Vital statistics of India. Vol. IV, Annual returns from 1871 to 1876. British Army of India, Native Army and jails of Bengal
Year: 1871
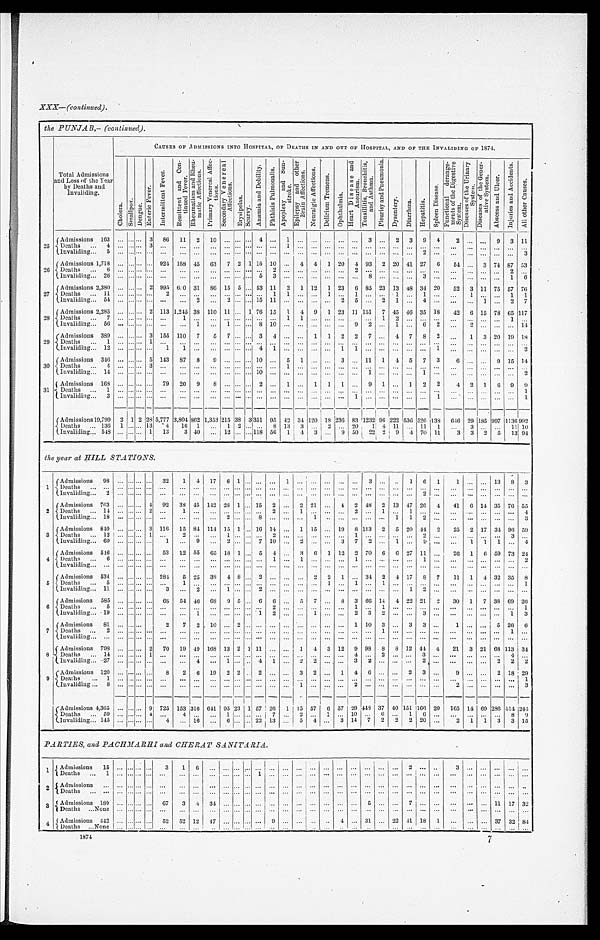
XXX—(continued).
the PUNJAB,—(continued).
Total Admissions
and Loss of the Year
by Deaths and
Invaliding.
CAUSES OF ADMISSIONS INTO HOSPITAL, OF DEATHS IN AND OUT OF HOSPITAL, AND OF THE INVALIDING OF 1874.
C h o l e r a .
S ma l l p o x .
Dengue.
E n t e r i c F e v e r .
I n t e r m i t t e n t F e v e r .
R e m i t t e n t a n d C o n - t i n u e d F e v e r .
R h e u m a t i s m a n d R h e u m a t i c A f f e c t i o n s .
P r i m a r y V e n e r e a l A f f e c t i o n s .
S e c o n d a r y V e n e r e a l A f f e c t i o n s .
E r y s i p e l a s .
S c u r v y .
A n æ m i a a n d D e b i l i t y . P h t h i s i s P u l m o n a l i s .
A p o p l e x y a n d S u n - s t r o k e .
E p i l e p s y a n d o t h e r B r a i n A f f e c t i o n s .
N e u r a l g i c A f f e c t i o n s .
D e l i r i u m T r e m e n s .
O p h t h a l m i a .
H e a r t D i s e a s e a n d A n e u r i s m .
T o n s i l l i t i s , B r o n c h i t i s , a n d A s t h m a .
P l e u r i s y a n d P n e u m o n i a .
D y s e n t e r y .
D i a r r h œ a .
H e p a t i t i s .
S p l e e n D i s e a s e .
F u n c t i o n a l d e r a n g e - m e n t s o f t h e D i g e s t i v e S y s t e m .
D i s e a s e s o f t h e U r i n a r y S y s t e m .
D i s e a s e s o f t h e G e n e r - a t i v e S y s t e m .
A b s c e s s a n d U l c e r .
I n j u r i e s a n d A c c i d e n t s .
A l l o t h e r C a u s e s .
25
Admissions . . . 163 . . .
. . . . . . 3
86
11
2
10 . . . . . .
. . . 4 . . .
1
. . .
. . .
. . .
. . .
. . . 3 . . .
2
3
9
4
2
. . .
. . .
9
3 11
Deaths . . .
4 . . . . . .. . . 3
. . .
. . .
. . .
. . . . . . . . .
. . .
. . . . . .
1
. . .
. . .
. . .
. . .
. . .
. . . . . .
. . .
. . .
. . .
. . .
. . .
. . .
. . .
. . .
. . .
. . .
Invaliding . . .
5 . . . . . .. . . . . .
. . .
. . .
. . .
. . .. . . . . .
. . .
. . .. . .
. . .
. . .
. . .
. . .
. . .
. . .
. . .. . .
. . .
. . .
2
. . .
. . .
. . .
. . .
. . .
. . .
3
26
Admissions . . . 1,718 . . . . . . . . . . . . 924 158 45
6 3
7
2 1
1 5 10
. . . 4
4
1 20
4 93
2
20 41 27
6
54
. . . 3 74 87 53
D e a t h s . . .
6 . . . . . .. . . . . .
. . .
. . .
. . .
. . .. . . . . .
. . .
. . .2
. . .
. . .
. . .
. . .
. . .
2
. . .. . .
. . .
. . .
. . .
. . .
. . .
. . .
. . .
. . . 2
. . .
I n v a l i d i n g . . .
2 6
. . . . . .. . . . . .
. . .
. . .
. . .
. . .. . . . . .
. . .
5 3
. . .
. . .
. . .
. . .
. . .
. . .
8 . . .
. . .
. . .
3
. . .
. . .
. . .
. . .
. . .
1
6
2 7
Admissions . . . 2,380 . . . . . .. . . 2 995 640 31
86
15 5
. . . 53 11
2
1 12
1 23
6
8 5
23
13 48
3 4 20
52
3 11 75 57 76
D e a t h s . . .
1 1
. . . . . .. . . . . .
2
. . .
. . .
. . .. . . . . .
. . .
. . .1
1
. . .
. . .
1
. . .
1
. . .. . .
1
. . .
1
. . .
. . .
1
. . .
. . .
1
1
Invaliding . . .
54 . . . . . .. . . . . .
. . .
. . . 2
. . .
2 . . .
. . . 15 11
. . .
. . .
. . .
. . . 2
5
. . . 2
1
. . . 4
. . .
. . .
. . . 1
. . . 2
7
28
Admissions . . . 2,285 . . . . . . . . . 2 113 1,245 38 110 11 . . . 1 76 15
1
4
9 1 23 11 151
7 45 46 35 18
42
6 15 78 65 117
Deaths . . .
7 . . . . . .. . . . . .
. . .
1
. .
. . . . . . . . .
. . .
. . . . . .
1
1
. . .
. . .
. . .
. . .
. . .1
2
. . .
. . .
. . .
. . .
. . .
. . .
. . .
1
. . .
I n v a l i d i n g . . .
5 6
. . . . . .. . . . . .
. . .
. . .
1
. . .1
. . .
. . .
8 10
. . .
. . .
. . .
. . .
. . .
9
2 . . .
1
. . .
6
2
. . .
2
. . .
. . .
. . .
1 4
29
Admissions . . . 389 . . . . . .. . . 3 155 110
7
5
7 . . .
. . . 3
4
. . .
. . .
1
1
2 2
7 . . .
4
7
8
2
. . .
1
3
2 0 19 18
Deaths . . .
1 . . . . . .. . . 1
. . .
. . .
. . .
. . . . . . . . .
. . .
. . . . . .
. . .
. . .
. . .
. . .
. . .
. . .
. . . . . .
. . .
. . .
. . .
. . .
. . .
. . .
. . .
. . .
. . .
. . .
I n v a l i d i n g . . .
1 2
. . . . . .. . . . . .
1
1
. . .
. . .. . . . . .
. . .
4 1
. . .
. . .
. . .
. . .
1
1
. . .. . .
. . .
. . .
. . .
1
. . .
. . .
. . .
. . .
. . .
2
30
Admissions . . . 346 . . . . . . . . . 5 143
87
8
9 . . . . . .
. . . 10 . . .
5
1
. . .
. . . 3
. . . 11
1
4
5
7
3
6
. . .
. . .
9 15 14
D e a t h s . . .
4 . . . . . .. . . 3
. . .
. . .
. . .
. . .. . . . . .
. . .
. . .. . .
1
. . .
. . .
. . .
. . .
. . .
. . .. . .
. . .
. . .
. . .
. . .
. . .
. . .
. . .
. . .
. . .
. . .
Invaliding . . .
1 4
. . . . . .. . . . . .
. . .
. . .
. . .
. . .. . . . . .
. . .
1 0
. . .
. . .
. . .
. . .
. . .
. . .
. . .
1 . . .
. . .
. . .
1
. . .
. . .
. . .
. . .
. . .
. . .
2
31
Admissions . . . 163 . . . . . . . . . . . .
79
20
9
8 . . . . . .
. . . 2 . . .
1
. . . 1
1 1
. . .
9
1
. . . 1
2
2
4
2
1
6
9
9
D e a t h s . . .
1 . . . . . .. . . . . .
. . .
. . .
. . .
. . .. . . . . .
. . .
. . .. . .
. . .
. . .
. . .
. . .
. . .
. . .
. . .. . .
. . .
. . .
. . .
. . .
. . .
. . .
. . .
. . .
. . .
1
Invaliding . . .
3 . . . . . . . . . . . .
. . .
. . .
. . .
. . .. . . . . .
. . .
. . .. . .
. . .
. . .
. . .
. . .
. . .
1
. . .. . .
. . .
. . .
. . .
1
. . .
. . .
. . .
. . .
. . .
1
Admissions . . .19,799
2 1 2 28 5,777 3,804 862 1,353 215 38 3 351 95 42 34 120 18 236 83 1232 96 222 536 526
1 3 8 646 29 185 997 1136 992
Deaths . . . 136
1 . . . . . . 13
4
16
1
. . .
1 2
. . .
. . . 8 13
3
. . . 2
. . . 20
1 4 11
. . . 11
1
. . . 3
. . .
. . . 11 10
Invaliding . . . 548 . . . . . . . . . 1
13
3
4 0
. . . 12 . . .
. . .
1 1 8 56
1
4 3
. . . 9
50
22 2
9
4 70 11
3
3
2
5
13 94
the year at HILL STATIONS.
1
Admissions . . .
98 . . . . . .
. . . . . .
32
1
4
17
6 1
. . .
. . .
. . .
1
. . .
. . .
. . .
. . .
. . . 3 . . .
. . .
1
6
1
1
. . .
. . . 13
8
3
Deat hs . . .
. . .. . . . . .. . . . . .
. . .
. . .
. . .
. . .. . . . . .
. . .
. . . . . .
. . .
. . .
. . .
. . .
. . .
. . .
. . .. . .
. . .
. . .
. . .
. . .
. . .
. . .
. . .
. . .
. . .
. . .
Invaliding . . .
2 . . . . . .. . . . . .
. . .
. . .
. . .
. . .
. . .
. . .
. . . . . .
. . .
. . .
. . .
. . .
. . .
. . .
. . .. . .
. . .
. . .
2
. . .
. . .
. . .
. . .
. . .
. . .
. . .
2
Admissions . . . 763 . . . . . . . . . 4
92
38 45 142 28 1
. . . 15
2
. . . 2 21
. . . 4
2 48
2 13 47 26
4
41
6 14 35 76 55
Deaths
. . . 14 . . . . . .. . . 2
. . .
1
. . .
. . . . . . . . .
. . . . . . 2
. . .
1
. . .
. . .
. . .
2
. . .1
. . .
1
. . .
. . .
. . .
. . .
. . .
. . .
. . .
4
Invaliding . . . 18 . . . . . .. . . . . .
. . .
. . .
. . .
. . .2
. . .
. . .
8 . . .
. . .
. . .
1
. . .
. . .
. . .
. . .. . .
1
1
2
. . .
. . .
. . .
. . .
. . .
. . .
3
3
Admissions . . . 840 . . . . . . . . . 3
116
15 84 114 15 1
. . . 16 14
. . . 1 15
. . . 19
8 113
2
5 20
4 4 2
25
2 17 34 96 59
Deaths . . .
12 . . . . . .. . . 1
. . .
2
. . .
. . .1
. . .
. . .
. . .2
. . .
. . .
. . .
. . .
. . .
1
. . .. . .
. . .
. . .
2
. . .
. . .
. . .
. . .
. . .
3
. . .
Invaliding . . . 60 . . . . . .. . . . . .
1
. . . 9
. . . 2 . . .
. . . 7 10
. . . 2
. . .
. . . 3
7
2 . . .
1
. . .
9
. . .
. . .
1
1
1
. . . 4
4
Admissions . . . 546 . . . . . . . . . . . .
53
12 55
65 18 1
. . .
5 4
. . . 3
6
1 12
2 70
6
6 27 11
. . .
26
1
6 59 73 24
Deaths . . .
6 . . . . . . . . . . . .
. . .
. . .
. . .
. . . . . . . . .
. . .
. . . 1
. . .
1
. . .
. . .
. . .
1
. . .. . .
. . .
. . .
1.
. . .
. . .
. . .
. . .
. . .
. . .
2
Invaliding . . .
. . . . . . . . .. . . . . .
. . .
. . .
. . .
. . . . . . . . .
. . .
. . . . . .
. . .
. . .
. . .
. . .
. . .
. . .
. . . . . .
. . .
. . .
. . .
. . .
. . .
. . .
. . .
. . .
. . .
. . .
5
Admissions . . . 534 . . . . . . . . . . . . 284
5
25
38
4
8
. . . 2 . . .
. . .
. . .
2 2
1
. . .
3 4
2
4
1 7
8
7
11
1
4 32 35
8
Deaths . . .
5 . . . . . .. . . . . .
. . .
1
. . .
. . .. . . . . .
. . .
. . .. . .
. . .
. . .
. . .
1
. . .
1
. . .1
. . .
. . .
. . .
. . .
. . .
. . .
. . .
. . .
. . .
1
Invaliding . . .
11 . . . . . .. . . . . .
3
. . .
2
. . . 1 . . .
. . . 2 . . .
. . .
. . .
. . .
. . .
. . .
. . .
. . . . . .
. . . 1
2
. . .
. . .
. . .
. . .
. . .
. . .
. . .
6
Admissions . . . 585 . . . . . . . . . . . .
6 8
54 46
68
9 5
. . . 6
6
. . . 5
7
. . .
8
3 66 14
4 22 21
2
30
1
7 38 69 26
Deaths
. . .
5 . . . . . .. . . . . .
. . .
. . .
. . .
. . .. . . . . .
. . .
. . .2
. . .
. . .
. . .
. . .
. . .
1
. . .1
. . .
. . .
. . .
. . .
. . .
. . .
. . .
. . .
. . . 1
I n v a l i d i n g . . .
1 9
. . . . . .. . . . . .
. . .
. . .
1
. . .. . . . . .
. . .
1 2
. . .
. . .
1
. . .
. . .
2
3 2
. . .
. . .
3
. . .
. . .
. . .
. . .
. . . 1
3
7
Admissions
81 . . . . . . . . . . . .
2
7
2
1 0
. . . 2
. . .
. . .. . .
. . .
. . .
. . .
. . .
. . . 1 10
3
. . . 3
3
. . .
1
. . .
. . . 5 26
6
D e a t h s . . .
2 . . . . . .. . . . . .
. . .
. . .
. . .
. . .. . . . . .
. . .
. . .. . .
. . .
. . .
. . .
. . .
. . .
. . .
. . .1
. . .
. . .
. . .
. . .
. . .
. . .
. . .
. . .
1
. . .
Invaliding . . .
. . . . . . . . .. . . . . .
. . .
. . .
. . .
. . . . . . . . .
. . .
. . . . . .
. . .
. . .
. . .
. . .
. . .
. . .
. . . . . .
. . .
. . .
. . .
. . .
. . .
. . .
. . .
. . .
. . .
. . .
8
Admissions . . . 798 . . . . . . . . . 2
70
19
4 9 16
8
13
2 1 11 . . .
. . . 1
4
3 12
9 98
8
8 12 44 4
21
3 21 68 113 34
D e a t h s . . .
1 4
. . . . . .. . . 1
. . .
. . .
. . .
. . . . . . . . .
. . .
. . .. . .
. . .
. . .
. . .
. . .
. . .
4
. . .2
. . .
. . .
3
. . .
. . .
. . .
. . .
. . .
4
. . .
Invaliding . . . 27 . . . . . .. . . . . .
. . .
. . . 4
. . . 1 . . .
. . . 4
1
. . .
2
2
. . .
. . . 3
2 . . .
. . .
. . . 2
. . .
. . .
. . .
. . . 2
2
2
9
Admissions . . . 120 . . . . . . . . . . . .
8
2
6
19
2
2
. . .
2 . . .
. . . 3
2
. . .
1
4
6 . . .
. . .
2
3
. . .
9
. . .
. . . 2 18 29
Deaths . . .
1 . . . . . .. . . . . .
. . .
. . .
. . .
. . .. . . . . .
. . .
. . .. . .
. . .
. . .
. . .
. . .
. . .
. . .
. . .. . .
. . .
. . .
. . .
. . .
. . .
. . .
. . .
. . .
. . .
1
Invaliding . . . . . .
8 . . . . . .
. . . . . .
. . .
. . .
. . .
. . . . . . . . .
. . .
. . . . . .
. . .
1
. . .
. . .
. . .
2
. . .. . .
. . .
. . .
. . .
. . .
2
. . .
. . .
. . .
. . .
3
Admissions . . . 4,365
. . .
. . .
. . . 9 725 153 316 641 95
23
1 57
26
1
15 57
6 57 29
4 4 8
37 40 151 166 20
165 14 69 286
5 1 4
244
Deaths . . .
59 . . . . . .. . . 4
. . .
4
. . .
. . .1
. . .
. . .
. . .7
. . .
2
. . .
1
. . .
1 0
. . .6
. . .
1
6
. . .
. . .
. . .
. . .
. . .
8
9
Invaliding . . . 145 . . . . . . . . . . . .
4
. . . 16
. . . 6 . . .
. . . 22 13
. . . 5
4
. . . 3 14
7
2
2
2 20
. . .
2
1
1
3
3 15
"
.
.
.
PARTIES, and PACHMARHI and CHERAT SANITARIA.
1
Admissions . . .
15
. . .. . .. . . . . .3
1
6
. . .. . . . . .
. . .
. . . . . .
. . .
. . .
. . .
. . .
. . .
. . .
. . .. . .
2
. . .
. . .
3
. . .
. . .
. . .
. . .
. . .
. . .
Deaths . . .
1 . . . . . .. . . . . .
. . .
. . .
. . .
. . . . . . . . .
. . .
1 . . .
. . .
. . .
. . .
. . .
. . .
. . .
. . .. . .
. . .
. . .
. . .
. . .
. . .
. . .
. . .
. . .
. . .
. . .
2
A d m i s s i o n s . . .
. . . . . . . . .. . . . . .
. . .
. . .
. . .
. . .. . . . . .
. . .
. . .. . .
. . .
. . .
. . .
. . .
. . .
. . .
. . .. . .
. . .
. . .
. . .
. . .
. . .
. . .
. . .
. . .
. . .
. . .
Deaths . . .
. . . . . . . . .
. . .
. . .
. . .
. . .
. . .
. . . . . . . . .
. . . . . . . . .
. . .
. . .
. . .
. . .
. . . . . .
. . . . . .
. . .
. . .
. . .
. . .
. . .
. . .
. . .
. . .
. . .
. . .
3
Admissions . . . 180 . . . . . . . . . . . .
67
3
4
3 4
. . . . . .
. . .
. . . . . .
. . .
. . .
. . .
. . .
. . . . . .
5 . . .
. . . 7
. . .
. . .
. . .
. . .
. . . 11 17 32
Deaths . . .
N o n e . . . . . .. . . . . .
. . .
. . . . . .
. . . . . . . . .
. . . . . . . . .
. . .
. . .
. . .
. . .
. . . . . .
. . . . . .
. . .
. . .
. . .
. . .
. . .
. . .
. . .
. . .
. . .
. . .
4
A d m i s s i o n s . . . 442 . . . . . . . . . . . .
52
52
1 2
47 . . . . . .
. . . . . .
9
. . .
. . .
. . .
. . . 4 . . . 31 . . . 22 41 18
1
. . .
. . .
. . . 37
3 2
84
Deaths . . .
N o n e . . . . . .. . . . . .
. . .
. . .
. . .
. . . . . . . . .
. . .
. . . . . .
. . .
. . .
. . .
. . .
. . .. . .
. . .. . .
. . .
. . .
. . .
. . .
. . .
. . .
. . .
. . .
. . .
. . .
1874
7